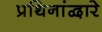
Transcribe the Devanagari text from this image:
प्रथिनांद्वारे